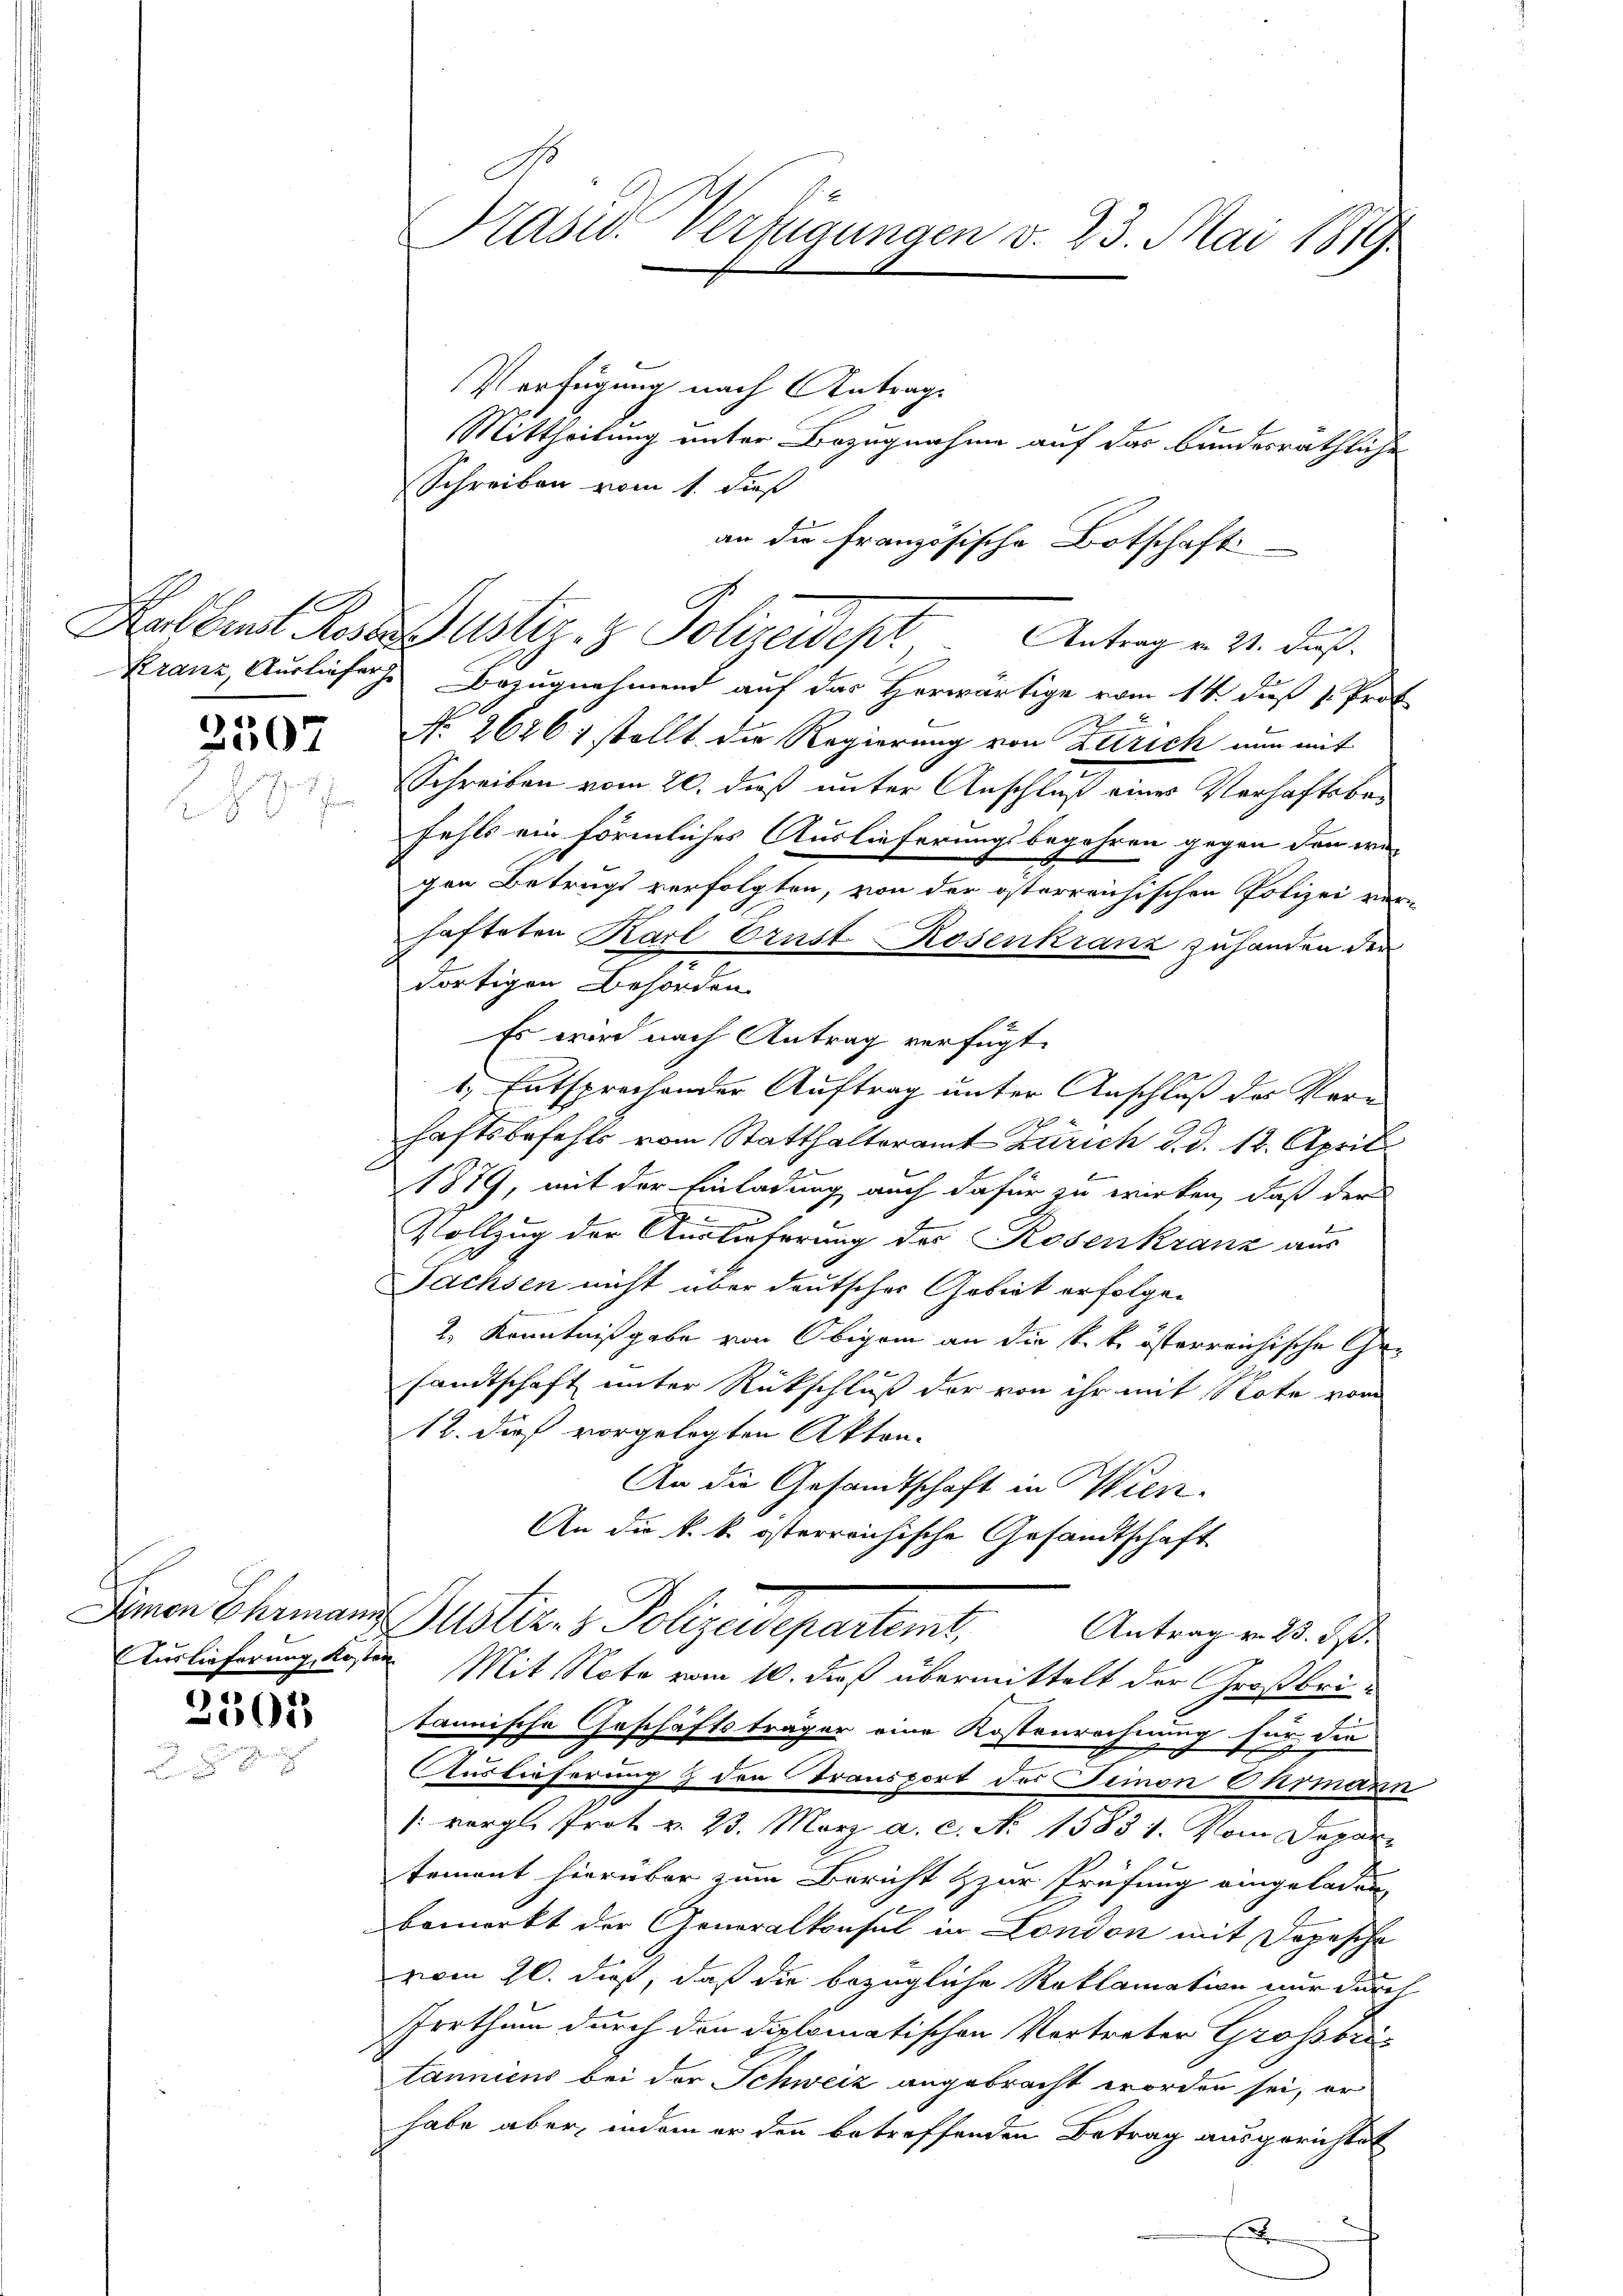
3507

2505

E
Präsid. Verfügungen v. 23. Mai 1879.

Verfügung nach Antrage
Mittheilung unter Bezugnahme auf das bundesräthliche
Schreiben vom 1. dieß
an die französische Botschaft
Kranz, Ausliefere Bezugnahmend auf das Herwärtige vom 14. daß v. Prof.

J
No. 26261 stellt die Regierung von Zürich nun mit
Schreiben vom 20. daß unter Anschluß eines Verhaftsbefehls ein förmliches Auslieferungsbegehren gegen den wiegen Betrugs verfolgten, von der österreichischen Polizei ver-
hafteten Karl Brust Rosenkranz zuhanden der
dortigen Behörden
Es wird nach Antrag verfügt:
1. Entsprochender Auftrag unter Anschluß des Verhaftsbefehls vom Statthalteramt Zürich d. d. 12. April
1879, mit der Einladung auch dafür zu wirken, daß der
Vollzug der Auslieferung des Rosenkranz aus
Fachsen nicht über deutscher Gebiet erfolgen
2, Kenntnißgabe von Obigem an die k. k. österreichische Ge¬
 x
sandtschaft unter Rückschluß der von ihr mit Note vom
12. dieß vorgelegten Akten.
An die Gesandtschaft in Wien.
An die k. k. österreichische Gesandtschaft
Denen Eheman stier, Polizeidepartemb.
Antrag v. 23. ds.
Auslieferungskosten Mit Note vom 10. daß übermittelt der Großbritannische Geschäftsträger eine Kostenrechnung für die
Auslieferung & den Transport des Seinen Ohrmann
[vergl. Prot v. 23. März a. c. No 1583 1. Vom Depar-
tement hierüber zum Bericht & zur Prüfung eingeladen,
bemerkt der Generalkonsul in London mit Depeschr
vom 20. dieß, daß die bezügliche Reklamation nur durch
Irrthum durch den diplomatischen Vortreter Grossbritanniens bei der Schweiz angebracht worden sei, er
habe aber, indem er den betreffenden Betrag ausgerichtet

Hobbent des ustiz & Polizeident Antrag u. 31. Du